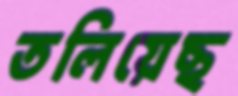
তলিয়েছ